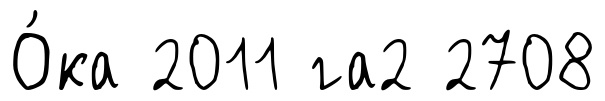
О́ка 2011 га2 2708